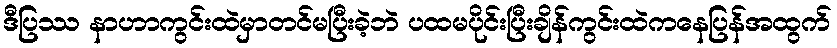
ဒီပြဿ နာဟာကွင်းထဲမှာတင်မပြီးခဲ့ဘဲ ပထမပိုင်းပြီးချိန်ကွင်းထဲကနေပြန်အထွက်